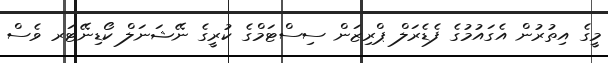
މީގެ އިތުރުން އެގައުމުގެ ފެޑެރަލް ޕްރިޒަން ސިސްޓަމްގެ ކުރީގެ ނޭޝަނަލް ކޯޑިނޭޓަރ ވެސް